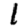
Digit: 1